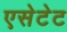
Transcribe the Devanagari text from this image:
एसेटेट